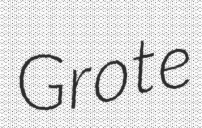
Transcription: Grote